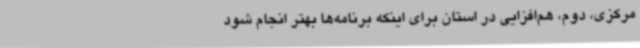
مرکزی، دوم، هم‌افزایی در استان برای اینکه برنامه‌ها بهتر انجام شود